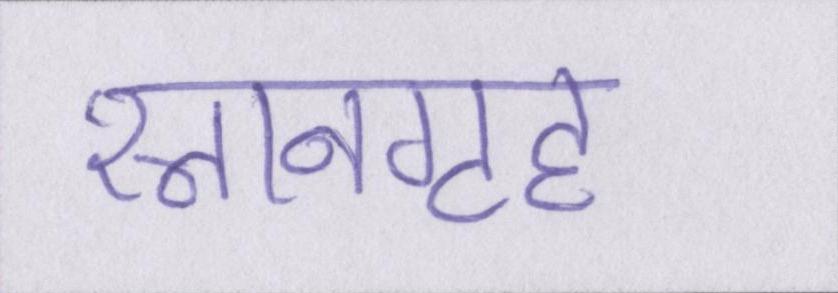
स्नानगृह